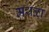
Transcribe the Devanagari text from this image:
मथळा